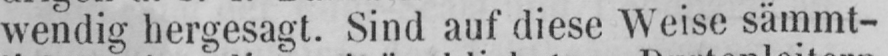
wendig hergesagt. Sind auf diese Weise sämmt-